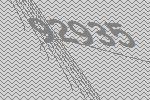
92935